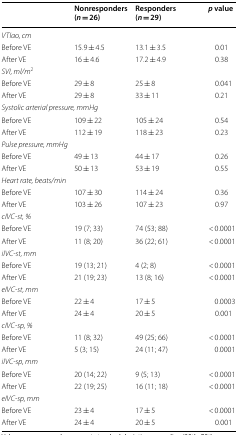
|  | Nonresponders (n = 26) | Responders (n = 29) | p value |
 | --- | --- | --- | --- |
 | <COLSPAN=4> VTIao, cm |
 | Before VE | 15.9 ± 4.5 | 13.1 ± 3.5 | 0.01 |
 | After VE | 16 ± 4.6 | 17.2 ± 4.9 | 0.38 |
 | SVI, ml/m2 |  |  |  |
 | Before VE | 29 ± 8 | 25 ± 8 | 0.041 |
 | After VE | 29 ± 8 | 33 ± 11 | 0.21 |
 | <COLSPAN=4> Systolic arterial pressure, mmHg |
 | Before VE | 109 ± 22 | 105 ± 24 | 0.54 |
 | After VE | 112 ± 19 | 118 ± 23 | 0.23 |
 | Pulse pressure, mmHg |  |  |  |
 | Before VE | 49 ± 13 | 44 ± 17 | 0.26 |
 | After VE | 50 ± 13 | 53 ± 19 | 0.55 |
 | Heart rate, beats/min |  |  |  |
 | Before VE | 107 ± 30 | 114 ± 24 | 0.36 |
 | After VE | 103 ± 26 | 107 ± 23 | 0.97 |
 | cIVC-st, % |  |  |  |
 | Before VE | 19 (7; 33) | 74 (53; 88) | < 0.0001 |
 | After VE | 11 (8; 20) | 36 (22; 61) | < 0.0001 |
 | iIVC-st, mm |  |  |  |
 | Before VE | 19 (13; 21) | 4 (2; 8) | < 0.0001 |
 | After VE | 21 (19; 23) | 13 (8; 16) | < 0.0001 |
 | eIVC-st, mm |  |  |  |
 | Before VE | 22 ± 4 | 17 ± 5 | 0.0003 |
 | After VE | 24 ± 4 | 20 ± 5 | 0.001 |
 | cIVC-sp, % |  |  |  |
 | Before VE | 11 (8; 32) | 49 (25; 66) | < 0.0001 |
 | After VE | 5 (3; 15) | 24 (11; 47) | 0.0001 |
 | iIVC-sp, mm |  |  |  |
 | Before VE | 20 (14; 22) | 9 (5; 13) | < 0.0001 |
 | After VE | 22 (19; 25) | 16 (11; 18) | < 0.0001 |
 | eIVC-sp, mm |  |  |  |
 | Before VE | 23 ± 4 | 17 ± 5 | < 0.0001 |
 | After VE | 24 ± 4 | 20 ± 5 | 0.001 |